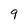
Character: 9